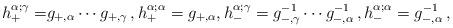
LaTeX: \begin{align*} \begin{aligned} h_+^{\alpha;\gamma}=&g_{+,\alpha}\cdots g_{+,\gamma}\,, h_+^{\alpha;\alpha}=g_{+,\alpha}, h_-^{\alpha;\gamma}=g_{-,\gamma}^{-1} \cdots g_{-,\alpha}^{-1}\,, h_-^{\alpha;\alpha}=g_{-,\alpha}^{-1}\,, \end{aligned}\end{align*}